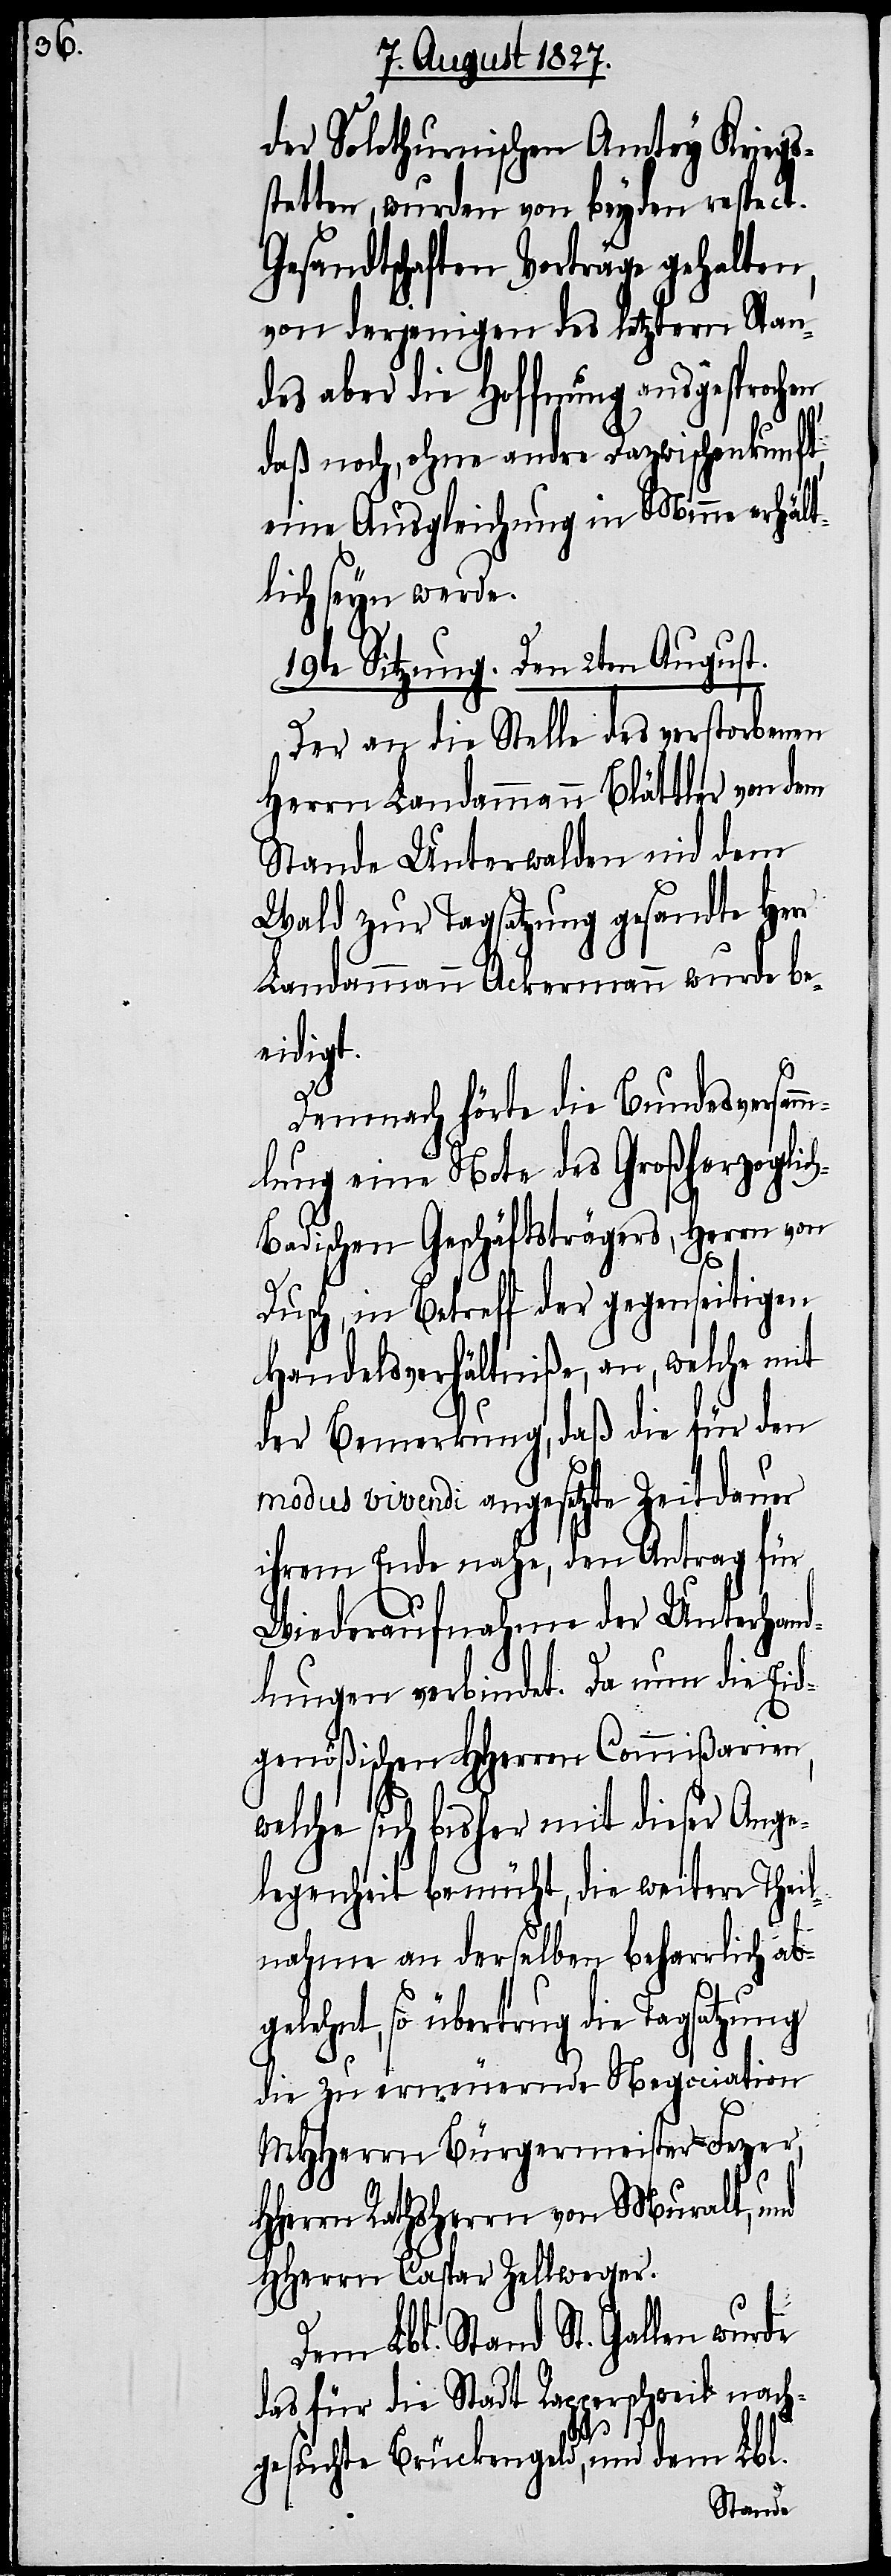
der Solothurnischen Amtey Kriegs¬
stetten, wurden von beyden respect.
Gesandtschaften Vorträge gehalten,
von derjenigen des letztern Stan¬
des aber die Hoffnung ausgesproch¬
en,
daß noch, ohne andre Dazwischenkunft,
eine Ausgleichung in Minne erhält¬
lich seyn werde.
19te Sitzung. Den 2ten August.
Der an die Stelle des verstorbenen
Herrn Landammann Blättler von dem
Stande Unterwalden nid dem
Wald zur Tagsatzung gesandte Herr
Landammann Ackermann wurde be¬
eidigt.
Demnach hörte die Bundesversam¬
mlung eine Note des Großherzoglic¬
h-Badischen Geschäftsträgers, Herrn von
Dusch, in Betreff der gegenseitigen
Handelsverhältniße, an, welche mit
der Bemerkung, daß die für den
modus vivendi angesetzte Zeitdauer
ihrem Ende nahe, den Antrag für
Wiederaufnahme der Unterhand¬
lungen verbindet. Da nun die Eid¬
genößischen HHerren Commißarien,
welche sich bisher mit dieser Ange¬
legenheit bemüht, die weitere Theil¬
nahme an derselben beharrlich ab¬
gelehnt, so übertrug die Tagsatzung
die zu erneuernde Negociation
MHHerrn Bürgermeister Fezer,
HHerrn Rathsherrn von Muralt, und
HHerrn Caspar Zellweger.
Dem Lbl. Stand St. Gallen wurde
das für die Stadt Rapperschweil nach¬
gesuchte Brückengeld, und dem Lbl.